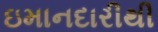
ઇમાનદારીથી